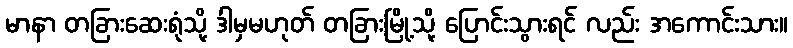
မာနာ တခြားဆေးရုံသို့ ဒါမှမဟုတ် တခြားမြို့သို့ ပြောင်းသွားရင် လည်း အကောင်းသား။